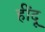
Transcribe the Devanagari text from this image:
हींदू